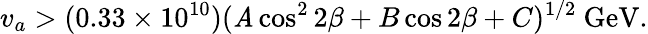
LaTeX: v_{a}>(0.33\times10^{10})(\mathit{A}\cos^{2}2\beta+B\cos2\beta+C)^{1/2}\ \mathrm{{GeV}}.